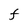
Character: F